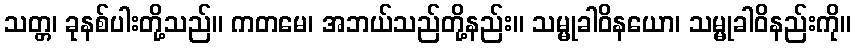
သတ္တ၊ ခုနစ်ပါးတို့သည်။ ကတမေ၊ အဘယ်သည်တို့နည်း။ သမ္မုခါဝိနယော၊ သမ္မုခါဝိနည်းကို။